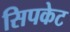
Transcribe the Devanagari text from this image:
सिपकेट